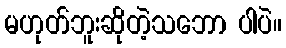
မဟုတ်ဘူးဆိုတဲ့သဘော ပါပဲ။